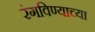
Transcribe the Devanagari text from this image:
रंगविण्याच्या